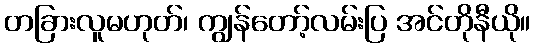
တခြားလူမဟုတ်၊ ကျွန်တော့်လမ်းပြ အင်တိုနီယို။